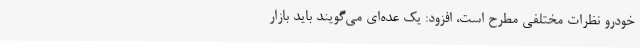
خودرو نظرات مختلفی مطرح است، افزود: یک عده‌ای می‌گویند باید بازار